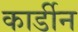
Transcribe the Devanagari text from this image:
कार्डीन